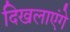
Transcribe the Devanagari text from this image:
दिखलाएंगे